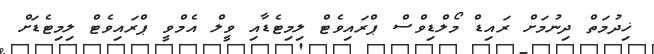
ޚިދުމަތް ދިނުމަށް ރައިޑް މޯލްޑިވްސް ޕްރައިވެޓް ލިމިޓެޑާއި ވީލް އެމްވީ ޕްރައިވެޓް ލިމިޓެޑަށް